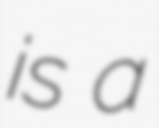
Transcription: is a